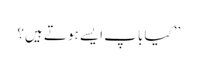
’’کیا باپ ایسے ہوتے ہیں؟